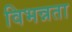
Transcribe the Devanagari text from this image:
विभन्नता